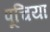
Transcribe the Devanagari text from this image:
पूचिया